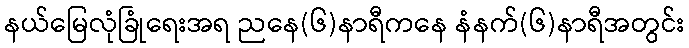
နယ်မြေလုံခြုံရေးအရ ညနေ(၆)နာရီကနေ နံနက်(၆)နာရီအတွင်း